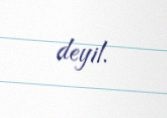
deyil.